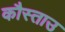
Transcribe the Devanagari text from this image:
कौस्ताउ